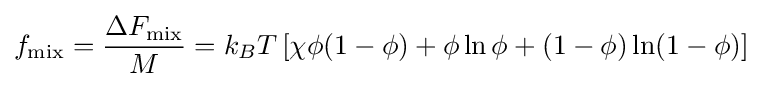
f_{\mathrm {mix} }={\frac {\Delta F_{\mathrm {mix} }}{M}}=k_{B}T\left[\chi \phi (1-\phi )+\phi \ln \phi +(1-\phi )\ln(1-\phi )\right]